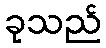
ခုသည်